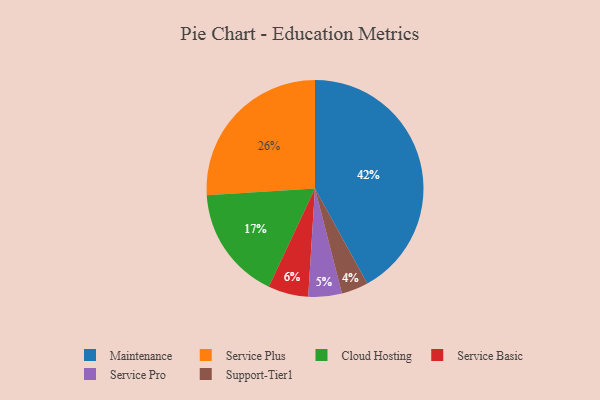
{"axis": {"x": "Category", "y": "Percentage"}, "legend": ["Cloud Hosting", "Maintenance", "Service Basic", "Service Plus", "Service Pro", "Support-Tier1"], "data": [{"x": "Service Pro", "y": 5, "type": "Service Pro"}, {"x": "Support-Tier1", "y": 4, "type": "Support-Tier1"}, {"x": "Cloud Hosting", "y": 17, "type": "Cloud Hosting"}, {"x": "Service Basic", "y": 6, "type": "Service Basic"}, {"x": "Maintenance", "y": 42, "type": "Maintenance"}, {"x": "Service Plus", "y": 26, "type": "Service Plus"}]}